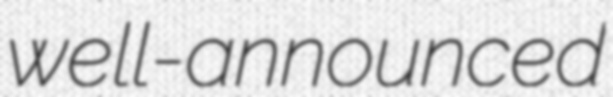
well-announced